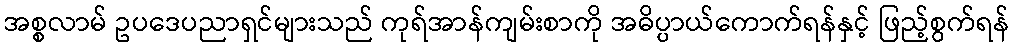
အစ္စလာမ် ဥပဒေပညာရှင်များသည် ကုရ်အာန်ကျမ်းစာကို အဓိပ္ပာယ်ကောက်ရန်နှင့် ဖြည့်စွက်ရန်